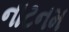
નાટનમ